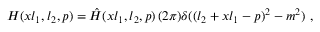
H ( x l _ { 1 } , l _ { 2 } , p ) = \hat { H } ( x l _ { 1 } , l _ { 2 } , p ) \, ( 2 \pi ) \delta ( ( l _ { 2 } + x l _ { 1 } - p ) ^ { 2 } - m ^ { 2 } ) \ ,